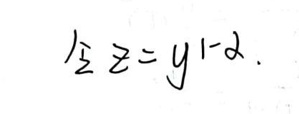
令$  z = y^{1 - \alpha}.$